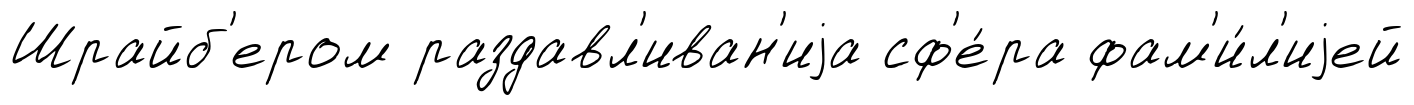
Шрайб'ером раздавл'иван'иjа сф'е́ра фам'и́л'иjей